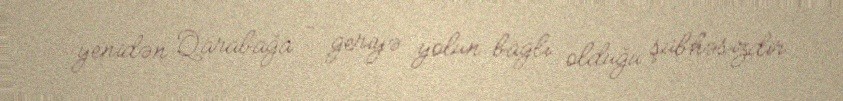
yenidən Qarabağa - geriyə yolun bağlı olduğu şübhəsizdir.